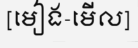
[មៀង-មើល]